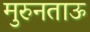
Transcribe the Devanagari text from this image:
मुरुनताऊ